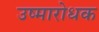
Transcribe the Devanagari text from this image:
उष्मारोधक